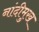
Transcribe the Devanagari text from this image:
नांदीमुख